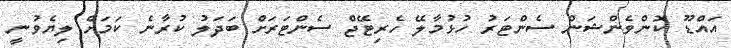
އައްޑޫ ކޮންވެންޝަން ސެންޓަރު ހުޅުމާލޭ ހެރިޓޭޖް ސެންޓަރަށް ބަދަލު ކުރާނެ ކަމަށް ލިޔެވުނީ